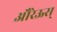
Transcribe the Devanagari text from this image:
औरेऊस्